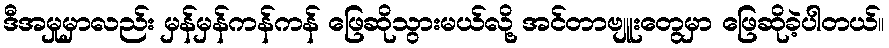
ဒီအမှုမှာလည်း မှန်မှန်ကန်ကန် ဖြေဆိုသွားမယ်လို့ အင်တာဗျူးတွေမှာ ဖြေဆိုခဲ့ပါတယ်။